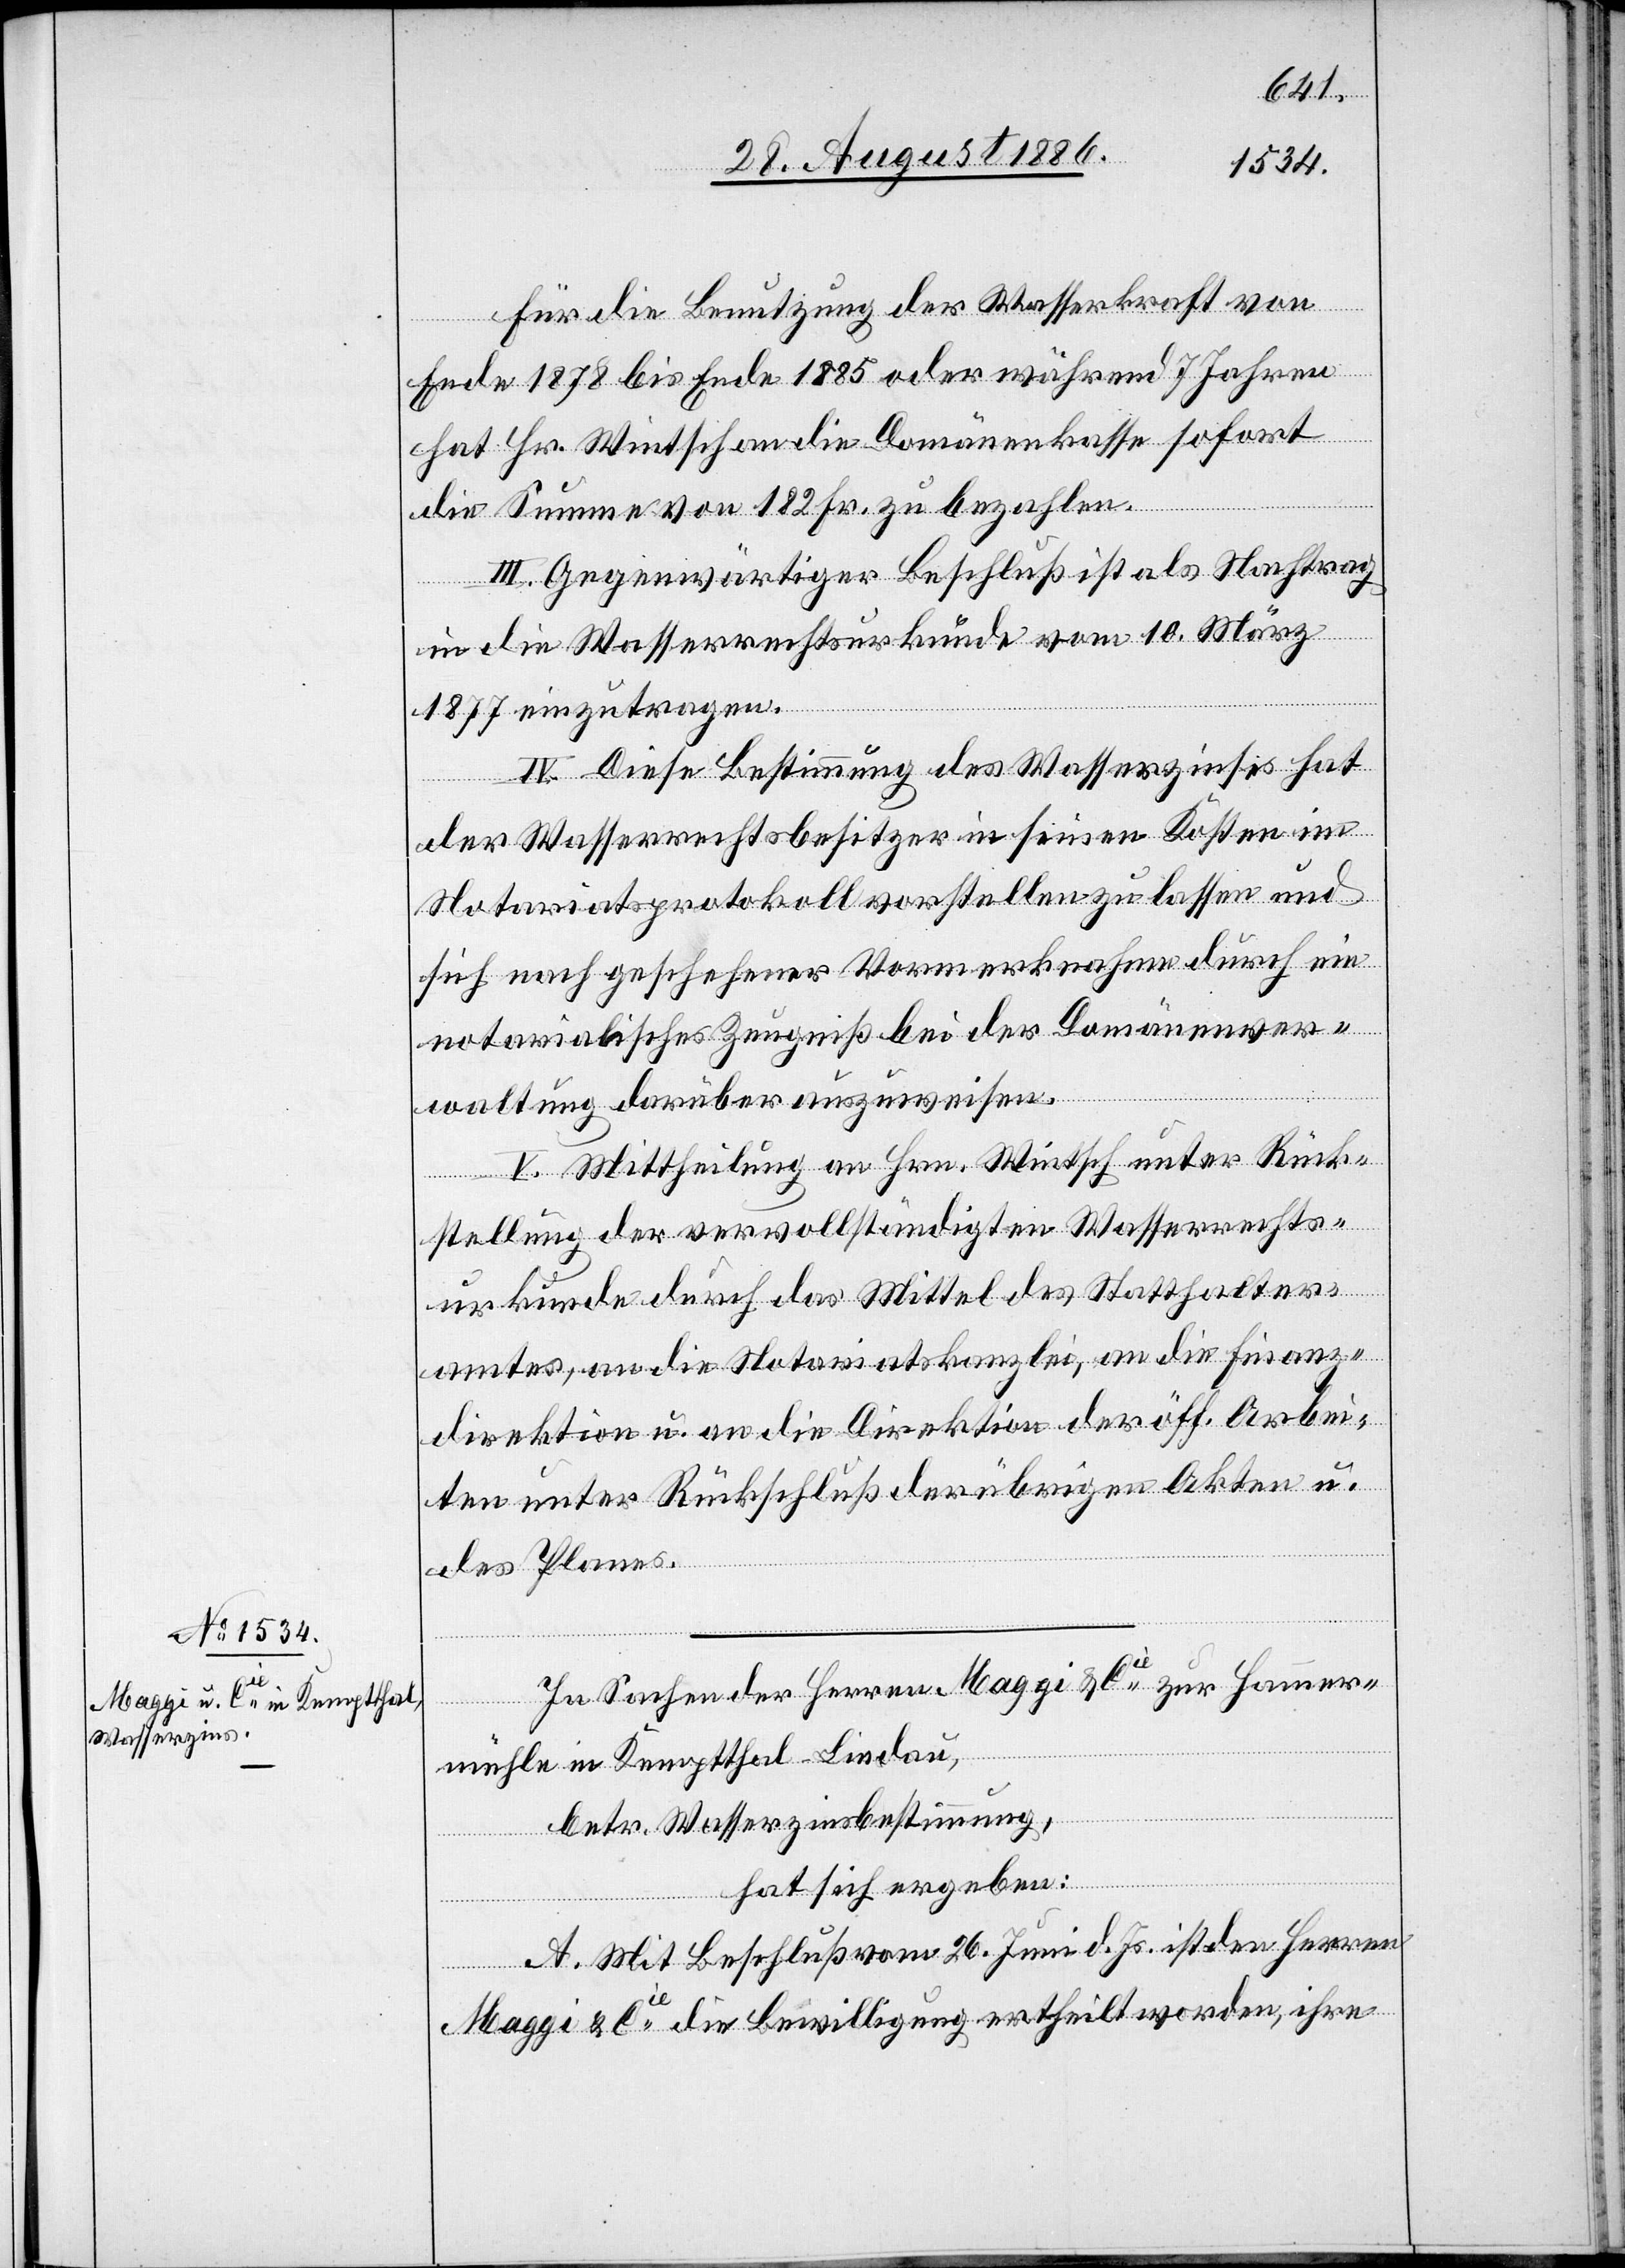
Für die Benutzung der Wasserkraft von
Ende 1878 bis Ende 1885 oder während 7 Jahren
hat Hr. Wintsch an die Domänenkasse sofort
die Summe von 182 Fr. zu bezahlen.
III. Gegenwärtiger Beschluß ist als Nachtrag
in die Wasserrechtsurkunde vom 10. März
1877 einzutragen.
IV. Diese Bestimmung des Wasserzinses hat
der Wasserrechtsbesitzer in seinen Kosten im
Notariatsprotokoll vorstellen zu lassen und
sich nach geschehener Vormerknahme durch ein
notarialisches Zeugniß bei der Domänenver¬
waltung darüber auszuweisen.
V. Mittheilung an Hrn. Wintsch unter Rück¬
stellung der vervollständigten Wasserrechts¬
urkunde durch das Mittel des Statthalter¬
amtes, an die Notariatskanzlei, an die Finanz¬
direktion u. an die Direktion der öff. Arbei¬
ten unter Rückschluß der übrigen Akten u.
des Planes.
In Sachen der Herren Maggi & Cie zur Hammer¬
mühle in Kemptthal - Lindau,
betr. Wasserzinsbestimmung,
hat sich ergeben:
A. Mit Beschluß vom 26. Juni d. Js. ist den Herren
Maggi & Cie die Bewilligung ertheilt worden, ihre